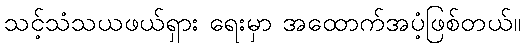
သင့်သံသယဖယ်ရှား ရေးမှာ အထောက်အပံ့ဖြစ်တယ်။